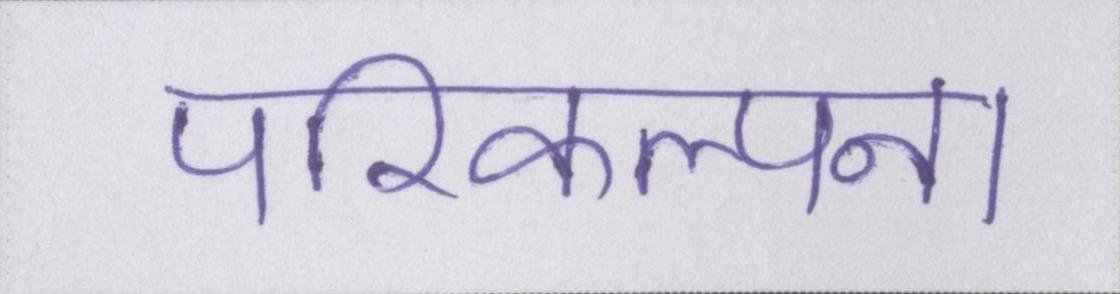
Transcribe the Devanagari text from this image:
परिकल्पना